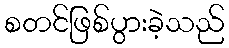
စတင်ဖြစ်ပွားခဲ့သည်